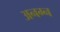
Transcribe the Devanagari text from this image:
अनग्न